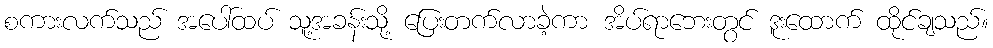
စကားလက်သည် အပေါ်ထပ် သူ့အခန်းသို့ ပြေးတက်လာခဲ့ကာ အိပ်ရာဘေးတွင် ဒူးထောက် ထိုင်ချသည်။